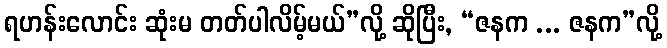
ရဟန်းလောင်း ဆုံးမ တတ်ပါလိမ့်မယ်”လို့ ဆိုပြီး, “ဇနက ... ဇနက”လို့